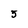
Character: 5